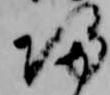
帰